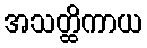
အသတ္ထိကာယ